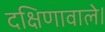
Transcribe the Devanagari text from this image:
दक्षिणावाले।